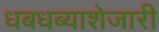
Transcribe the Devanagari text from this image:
धबधब्याशेजारी